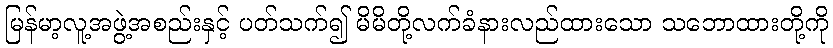
မြန်မာ့လူ့အဖွဲ့အစည်းနှင့် ပတ်သက်၍ မိမိတို့လက်ခံနားလည်ထားသော သဘောထားတို့ကို